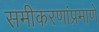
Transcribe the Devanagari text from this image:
समीकरणांप्रमाणे